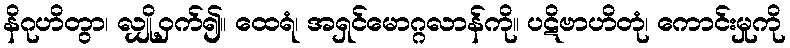
နိဂုဟိတွာ၊ လျှို့ဝှက်၍။ ထေရံ၊ အရှင်မောဂ္ဂလာန်ကို။ ပဋိဗာဟိတုံ၊ ကောင်းမှုကို